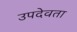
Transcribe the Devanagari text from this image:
उपदेवता